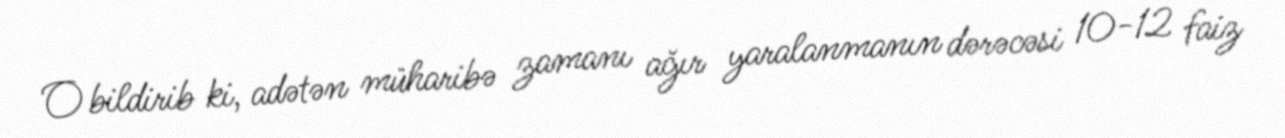
O bildirib ki, adətən müharibə zamanı ağır yaralanmanın dərəcəsi 10-12 faiz